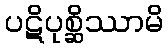
ပဋိပုစ္ဆိဿာမိ